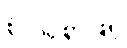
စုံလင်စွာဖြင့်